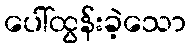
ပေါ်ထွန်းခဲ့သော